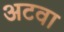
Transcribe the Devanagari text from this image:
अटवा